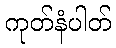
ကုတ်နံပါတ်